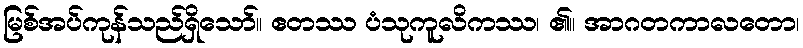
မြစ်အပ်ကုန်သည်ရှိသော်။ ဧတဿ ပံသုကူလိကဿ၊ ၏။ အာဂတကာလတော၊